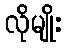
လိုမျိုး